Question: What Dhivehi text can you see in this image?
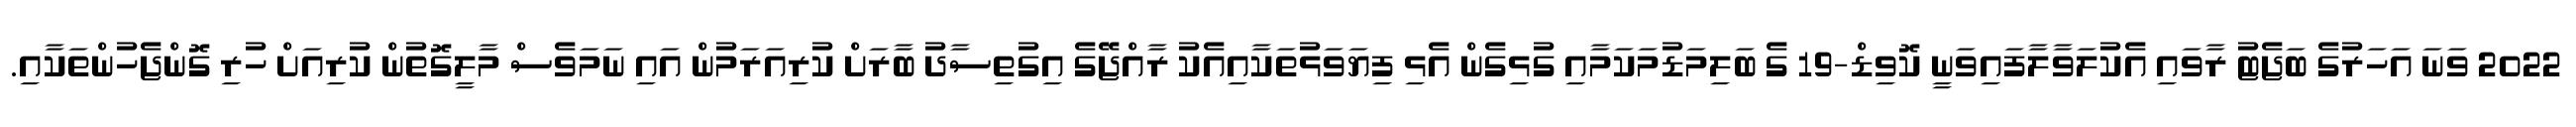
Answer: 2022 ވަނަ އަހަރުގެ ބަޖެޓު ރާވައި އެކުލަވާލާފައިވަނީ ކޮވިޑް-19 ގެ ބަލިމަޑުމަކަމާއި ގުޅިގެން އެޅި ފިޔަވަޅުތަކާއިއެކު ރާއްޖޭގެ އިގުތިސާދު ބާރަށް ކުރިއަރަމުން އައި ނަމަވެސް މާލީގޮތުން ކުރިއަށް ހުރި ގޮންޖެހުންތަކާއި.